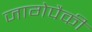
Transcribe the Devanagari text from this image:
जागेपैकी